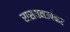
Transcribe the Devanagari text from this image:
रासयनउपचार